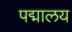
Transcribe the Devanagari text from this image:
पद्मालय